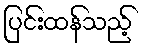
ပြင်းထန်သည့်